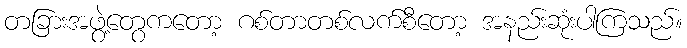
တခြားအဖွဲ့တွေကတော့ ဂစ်တာတစ်လက်စီတော့ အနည်းဆုံးပါကြသည်။